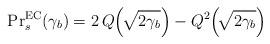
LaTeX: \begin{align*} {\Pr}_s^{\rm EC}(\gamma_b) = 2 \, Q\!\left(\!\sqrt{2 \gamma_b}\right) - Q^2\!\left(\!\sqrt{2\gamma_b}\right)\end{align*}